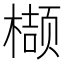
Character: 𮲺